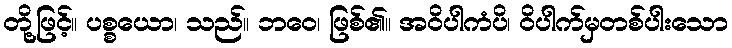
တို့ဖြင့်။ ပစ္စယော၊ သည်။ ဘဝေ၊ ဖြစ်၏။ အဝိပါကံပိ၊ ဝိပါက်မှတစ်ပါးသော